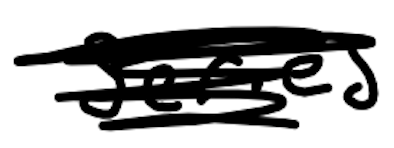
Text: series
Cross-out: scratch
Writing tool: digital_black